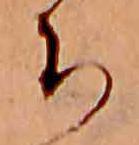
ち